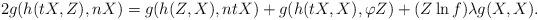
LaTeX: \begin{align*}2g(h(tX,Z), nX)=g(h(Z, X), ntX)+g(h(tX, X), \varphi Z)+(Z\ln f)\lambda g(X,X).\end{align*}